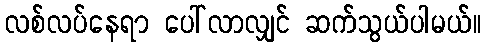
လစ်လပ်နေရာ ပေါ်လာလျှင် ဆက်သွယ်ပါမယ်။